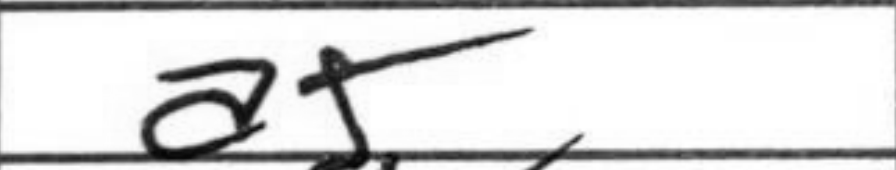
Transcription: a5